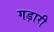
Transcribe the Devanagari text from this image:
गड़ारी